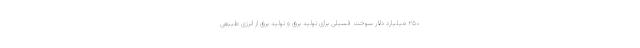
۲۵۰ میلیارد دلار سوخت فسیلی برای تولید برق و تولید برق از انرژی طبیعی